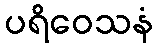
ပရိဝေသနံ